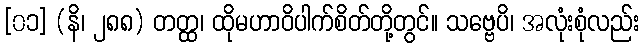
[၀၁] (နိ၊ ၂၈၈) တတ္ထ၊ ထိုမဟာဝိပါက်စိတ်တို့တွင်။ သဗ္ဗေပိ၊ အလုံးစုံလည်း